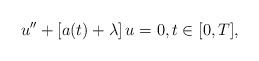
\begin{align*} u''+[a(t)+\lambda]\,u=0, t\in[0,T],\end{align*}